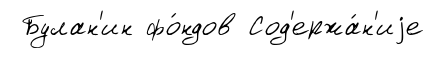
Булан'ин фо́ндов Сод'ержа́н'иjе